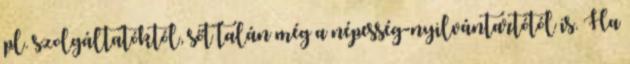
pl. szolgáltatóktól, sőt talán még a népesség-nyilvántartótól is. Ha